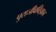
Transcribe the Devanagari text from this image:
पुराजीवविज्ञान